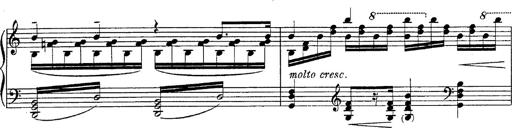
Title: Fantasie Ã¼ber Themen aus Mozarts Figaro und Don Giovanni
Composer: Franz Liszt